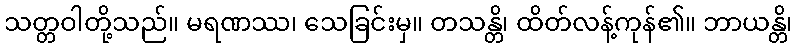
သတ္တဝါတို့သည်။ မရဏဿ၊ သေခြင်းမှ။ တသန္တိ၊ ထိတ်လန့်ကုန်၏။ ဘာယန္တိ၊